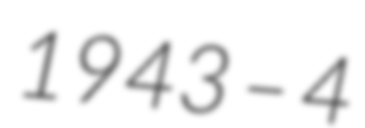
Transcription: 1943 – 4